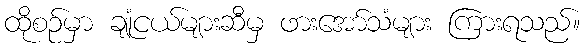
ထိုစဉ်မှာ ချုံငယ်များဆီမှ ဖားအော်သံများ ကြားရသည်။